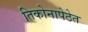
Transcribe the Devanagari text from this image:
तिकोनापेठेत